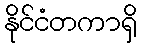
နိုင်ငံတကာရှိ